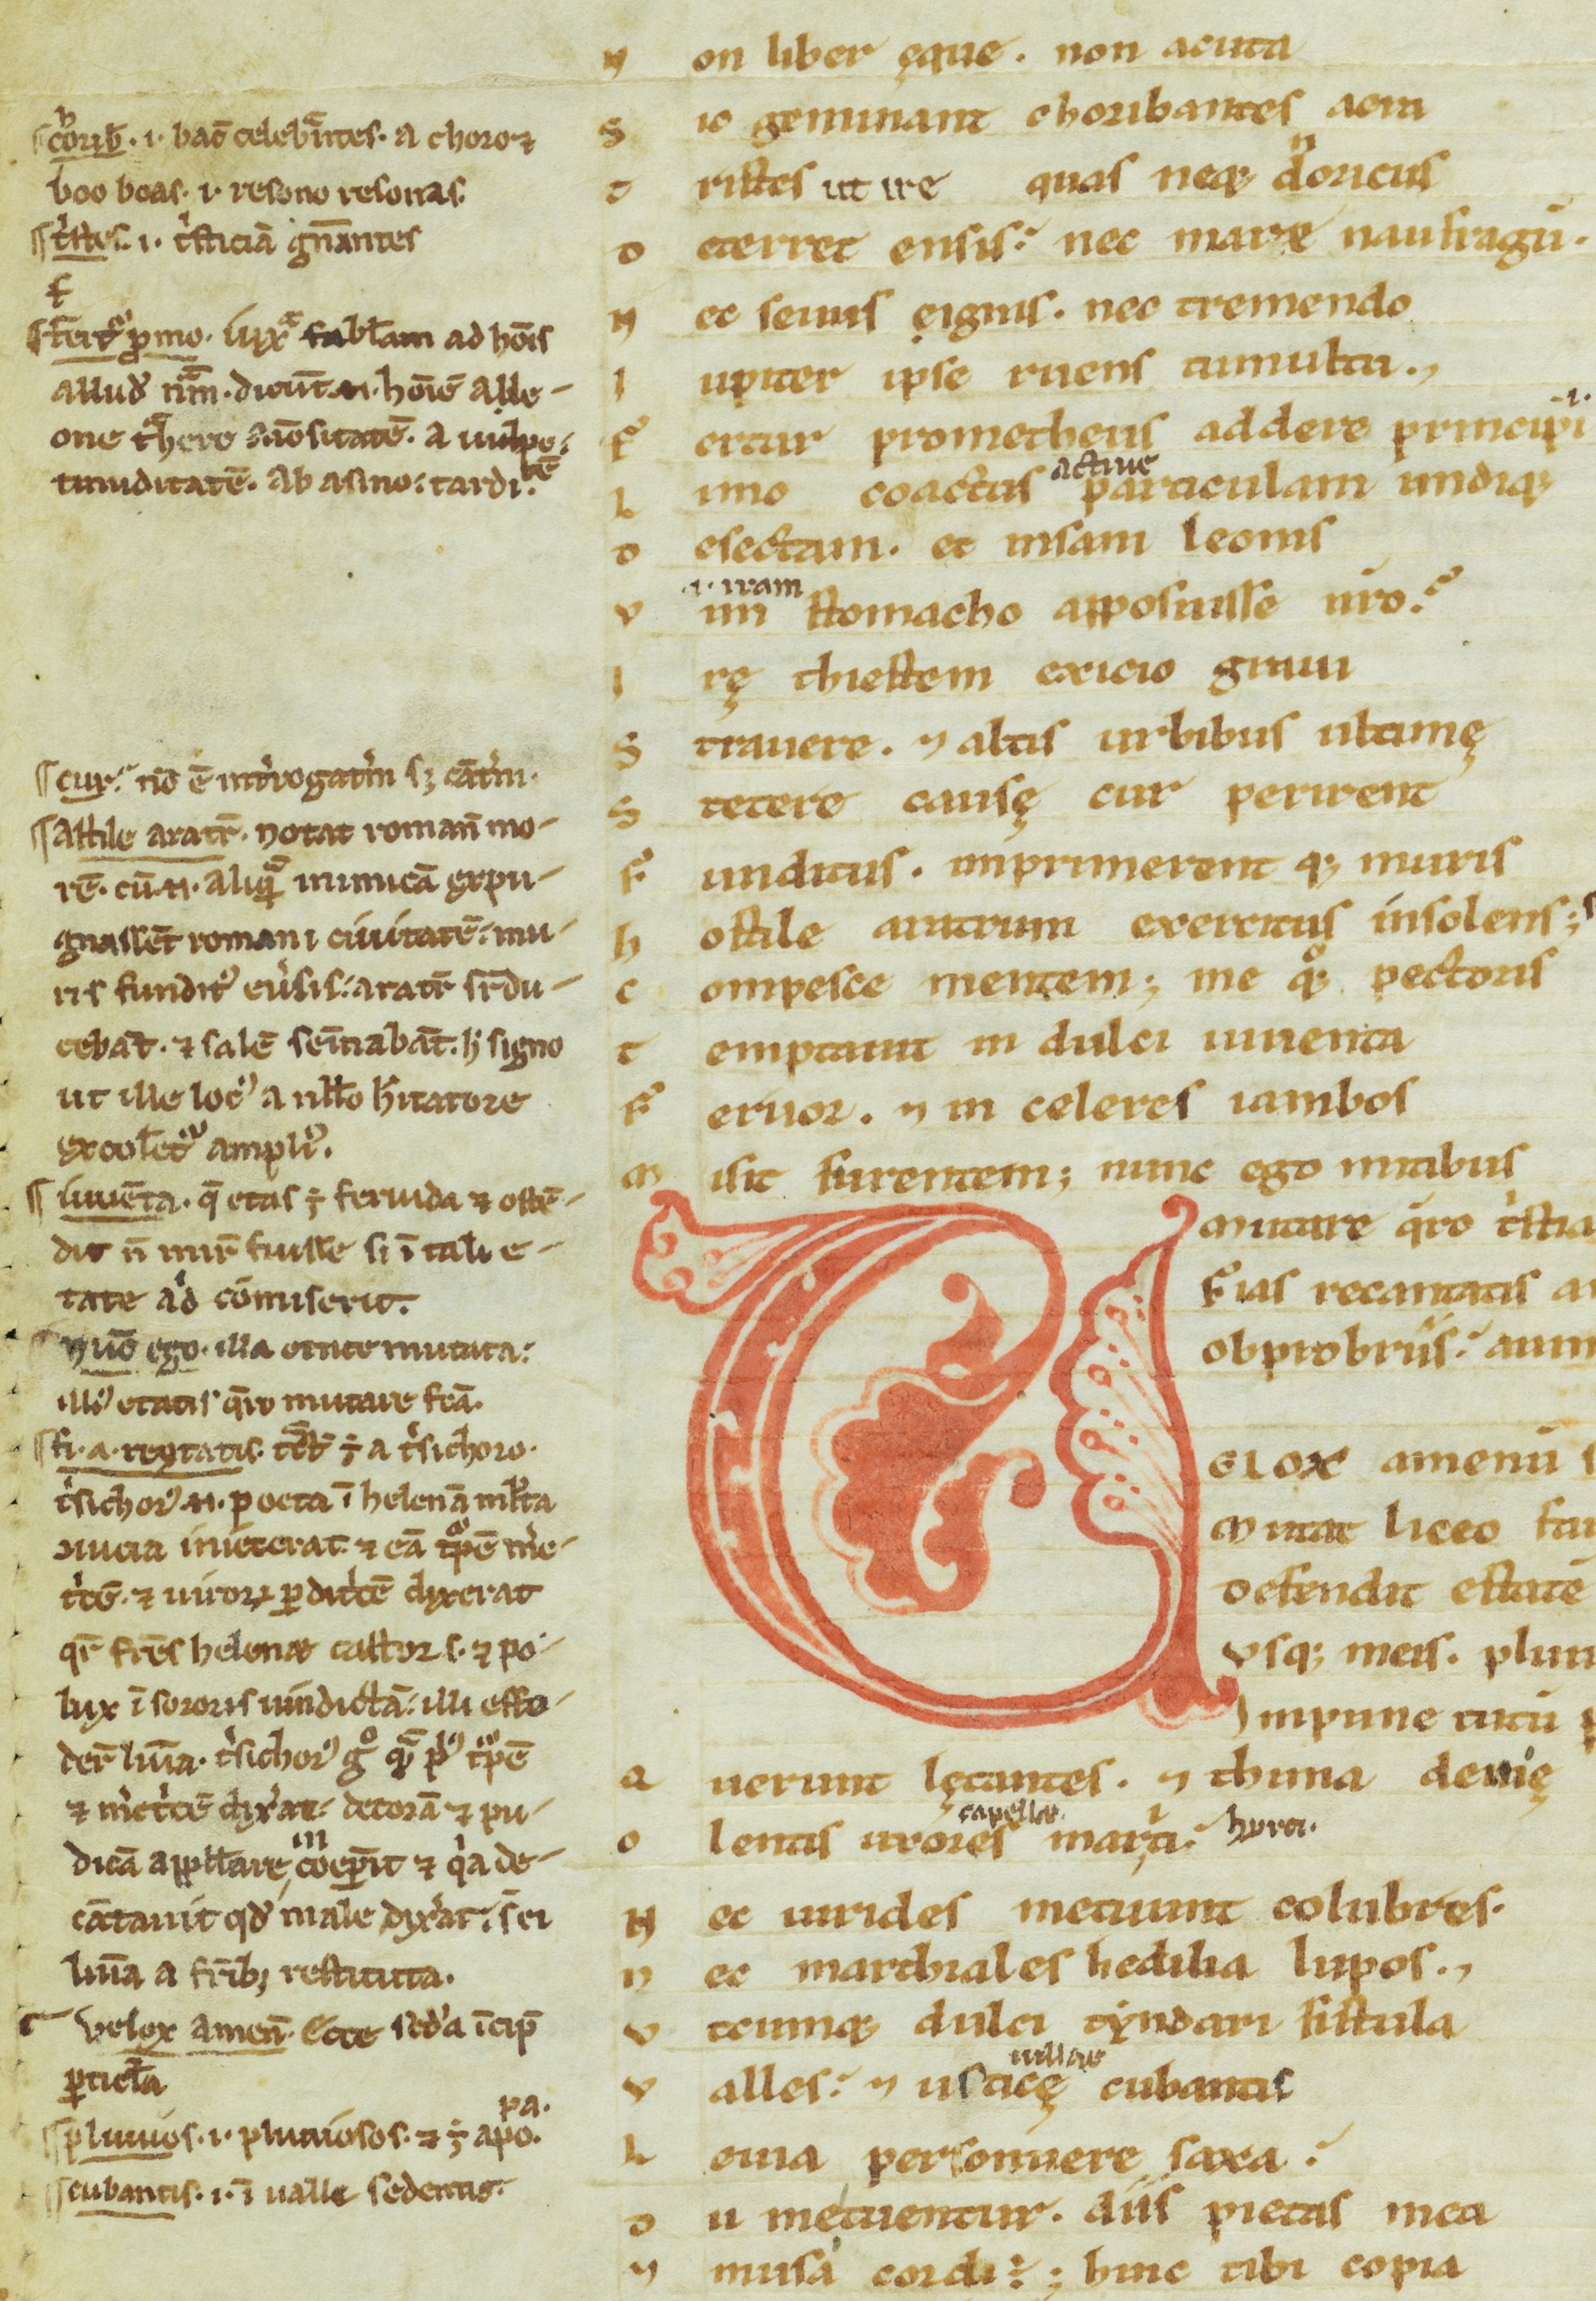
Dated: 1100–1199